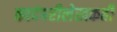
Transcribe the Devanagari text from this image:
कादंबरीलेखकही